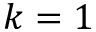
k = 1